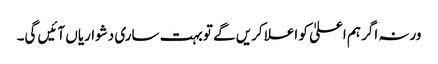
ورنہ اگر ہم اعلیٰ کو اعلا کریں گے تو بہت ساری دشواریاں آئیں گی۔